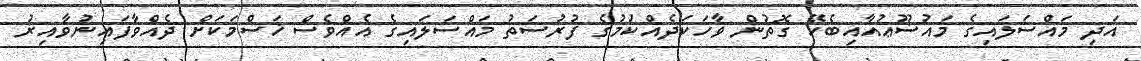
އަދި މައްސަލައިގެ މައުޟޫޢުއާއިބެހޭ ގޮތުން ވާހަކަދެއްކުމުގެ ފުރުސަތު މައްސަލައިގެ އެއްވެސް ޚަސްމަކަށް ދެއްވާފައިނުވާއިރު